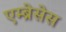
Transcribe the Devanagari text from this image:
एम्ब्रेसेस